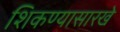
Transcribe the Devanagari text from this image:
शिकण्यासारखे